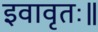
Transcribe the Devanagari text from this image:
इवावृतः॥